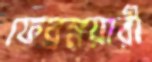
ফেব্রম্নয়ারী